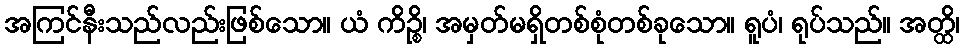
အကြင်နီးသည်လည်းဖြစ်သော။ ယံ ကိဉ္စိ၊ အမှတ်မရှိတစ်စုံတစ်ခုသော။ ရူပံ၊ ရုပ်သည်။ အတ္ထိ၊